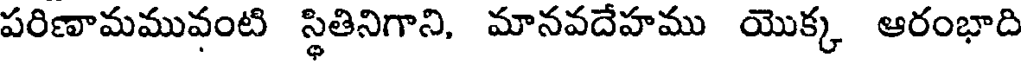
పరిణామమువంటి స్థితినిగాని, మానవదేహము యొక్క ఆరంభాది